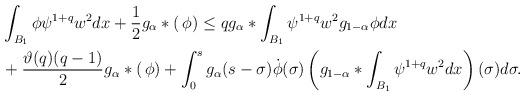
LaTeX: \begin{align*}& \int_{B_{1}}\phi \psi^{1+q}w^{2}dx +\frac{1}{2}g_{\alpha}*(\,\phi)\leq q g_{\alpha}*\int_{B_{1}}\psi^{1+q}w^{2}g_{1-\alpha}\phi dx \\& + \frac{\vartheta(q)(q-1)}{2}g_{\alpha}*(\,\phi)+ \int_{0}^{s}g_{\alpha}(s-\sigma)\dot{\phi}(\sigma)\left( g_{1-\alpha}*\int_{B_{1}}\psi^{1+q}w^{2}dx \right)(\sigma)d\sigma.\end{align*}